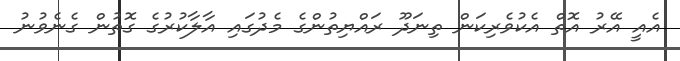
އެއީ އޭރު އޮތް އެކުވެރިކަން ތިނަދޫ ރައްޔިތުންގެ މެދުގައި އާލާކުރުގެ ގޮތުން ގެނެވުނު